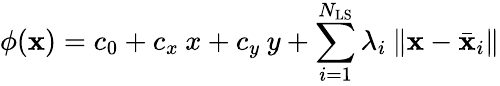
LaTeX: \phi(\mathbf{x})=c_{0}+c_{x}\: x+c_{y}\: y+\displaystyle\sum_{i=1}^{N_{\mathrm{LS}}}\lambda_{i}\: \| \mathbf{x}-\bar{\mathbf{x}}_{i}\|